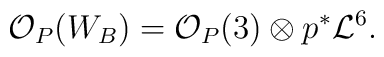
{\mathcal O}_{P}(W_B)={\mathcal O}_{P}(3)\otimes p^{*}{\mathcal L}^6.